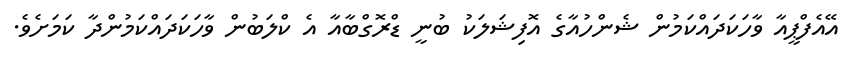
އޭއެފްޕީއާ ވާހަކަދައްކަމުން ޝެންހުއާގެ އޮފިޝަލަކު ބުނީ ޑްރޮގްބާއާ އެ ކްލަބުން ވާހަކަދައްކަމުންދާ ކަމަށެވެ.